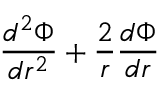
\frac { d ^ { 2 } \Phi } { d r ^ { 2 } } + \frac { 2 } { r } \frac { d \Phi } { d r }